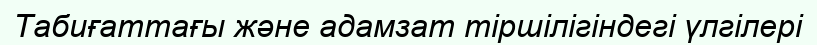
Табиғаттағы және адамзат тіршілігіндегі үлгілері